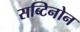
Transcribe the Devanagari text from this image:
सब्टिनोन